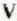
V